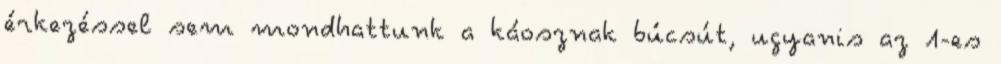
érkezéssel sem mondhattunk a káosznak búcsút, ugyanis az 1-es